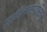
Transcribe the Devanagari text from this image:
गुर्रिल्लाअभियान